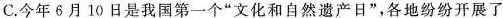
C.今年6月10日是我国第一个“文化和自然遗产日”，各地纷纷开展了